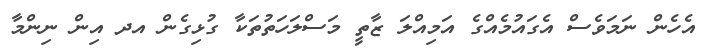
އެހެން ނަމަވެސް އެގައުމެއްގެ އަމިއްލަ ޒާތީ މަސްލަހަތުތަކާ ގުޅިގެން އދ އިން ނިންމާ